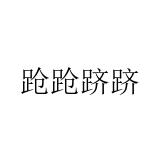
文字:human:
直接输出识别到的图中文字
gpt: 跄跄跻跻